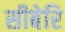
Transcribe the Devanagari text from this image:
सीबेरि